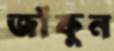
জাঁকুন